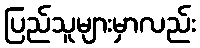
ပြည်သူများမှာလည်း